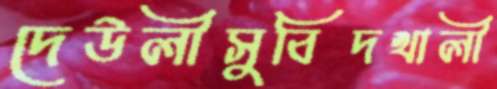
দেউলীসুবিদখালী